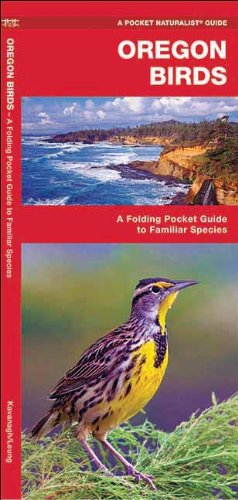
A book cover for Oregon Birds: A Folding Pocket Guide to Familiar Species (Pocket Naturalist Guide Series); James Kavanagh; Travel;